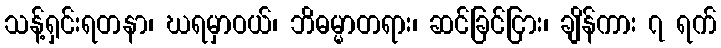
သန့်ရှင်းရတနာ၊ ဃရမှာဝယ်၊ ဘိဓမ္မာတရား၊ ဆင်ခြင်ငြား၊ ချိန်ကား ၇ ရက်